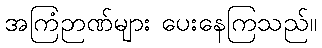
အကြံဉာဏ်များ ပေးနေကြသည်။